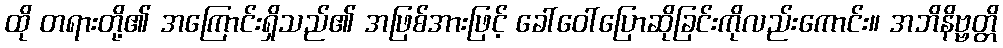
ထို တရားတို့၏ အကြောင်းရှိသည်၏ အဖြစ်အားဖြင့် ခေါ်ဝေါ်ပြောဆိုခြင်းကိုလည်းကောင်း။ အဘိနိဗ္ဗတ္တိ